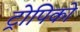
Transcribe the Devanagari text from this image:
ट्रोपिको